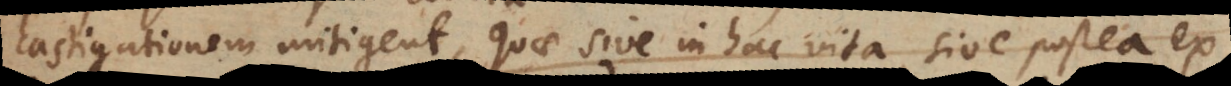
castigationem mitigent, quae sive in hac vita, sive postea ex